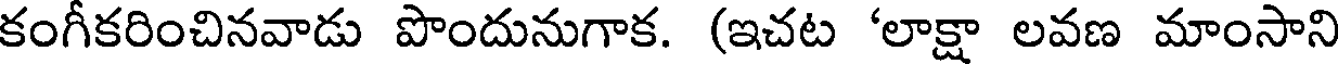
కంగీకరించినవాడు పొందునుగాక. (ఇచట 'లాక్షా లవణ మాంసాని